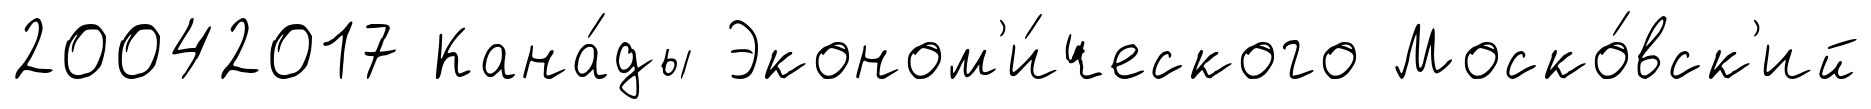
20042017 Кана́ды Эконом'и́ческого Моско́вск'ий